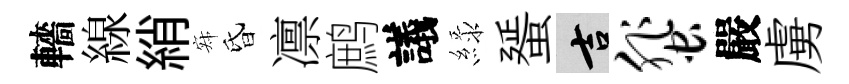
轖線綃寂昏凛鹧議緑蜑吉蜚嚴虜